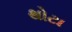
થોટા